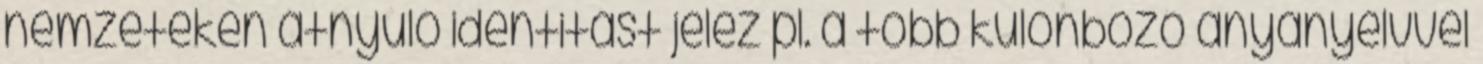
nemzeteken átnyúló identitást jelez pl. a több különböző anyanyelvvel